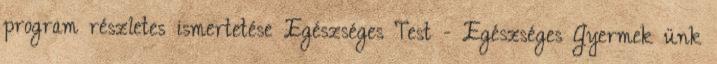
program részletes ismertetése Egészséges Test - Egészséges Gyermek ünk